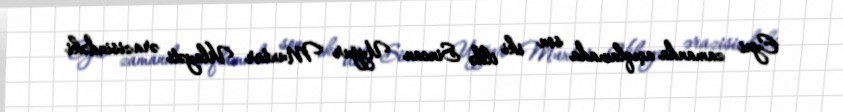
Eyni zamanda açıqlamada son iki ildə Sincan Uyğur Muxtar Vilayəti ərazisindəki